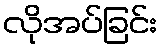
လိုအပ်ခြင်း